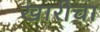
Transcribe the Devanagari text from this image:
खारीचा